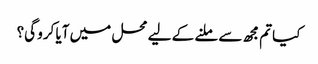
کیا تم مجھ سے ملنے کے لیے محل میں آیا کرو گی؟